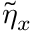
\Tilde { \eta } _ { x }